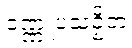
ဝဏ္ဏူပသဉှိတံ